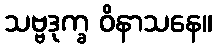
သဗ္ဗဒုက္ခ ဝိနာသနေ။